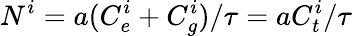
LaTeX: N^{i}=a(C_{e}^{i}+C_{g}^{i})/\tau=aC_{t}^{i}/\tau